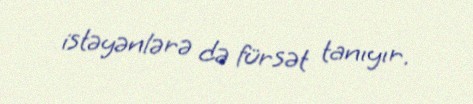
istəyənlərə də fürsət tanıyır.